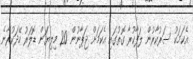
އެކަމަކު ސަރުކާރުން ލަފާކުރާ ގޮތުގައި އެކަމަށް ޖަޕާނުން 20 މިލިޔަން ޑޮލަރު ހޭދަކުރާނެ